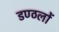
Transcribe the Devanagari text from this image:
डण्ठलों